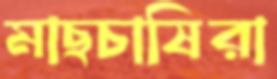
মাছচাষিরা